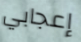
إعجابي